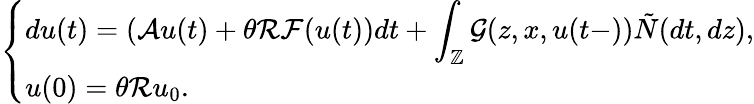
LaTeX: \left\{ \begin{array}{ll}{\displaystyle du(t)=\left(\mathcal{A}u(t)+\theta\mathcal{R}\mathcal{F}(u(t)\right)dt+\int_{\mathbb{Z}}\mathcal{G}(z,x,u(t-))\tilde{N}(dt,dz),}\\ {u(0)=\theta\mathcal{R}u_{0}.}\end{array}\right.